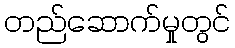
တည်ဆောက်မှုတွင်